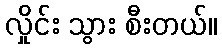
လှိုင်း သွား စီးတယ်။